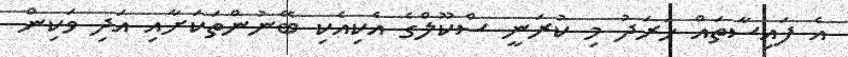
އެ ފައިސާތައް ހަރަދު މި ކުރަނީ ސްކޫލްގެ އެކިއެކި ބޭނުންތަކަށާއި އަދި ވަކިން